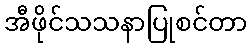
အီဖိုင်သသနာပြုစင်တာ